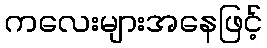
ကလေးများအနေဖြင့်